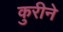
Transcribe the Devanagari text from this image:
कुरीने